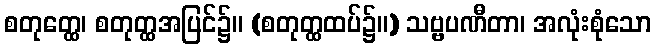
စတုတ္ထေ၊ စတုတ္ထအပြင်၌။ (စတုတ္ထထပ်၌။) သဗ္ဗပဏီတာ၊ အလုံးစုံသော